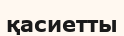
қасиетты